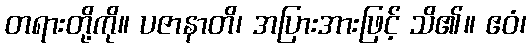
တရားတို့ကို။ ပဇာနာတိ၊ အပြားအားဖြင့် သိ၏။ ဧဝံ၊